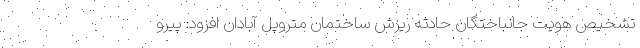
تشخیص هویت جانباختگان حادثه ریزش ساختمان متروپل آبادان افزود: پیرو